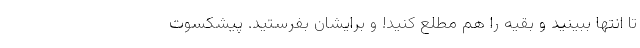
تا انتها ببینید و بقیه را هم مطلع کنید! و برایشان بفرستید. پیشکسوت